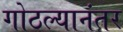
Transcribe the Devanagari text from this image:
गोठल्यानंतर